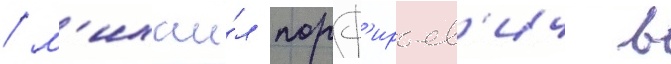
/ м'ихаи́л порф'ирьев'ич в